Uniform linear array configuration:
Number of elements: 32
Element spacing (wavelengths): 0.75
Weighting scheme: cosine
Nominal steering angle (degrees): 15
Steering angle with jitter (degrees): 15.801
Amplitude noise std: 0.05
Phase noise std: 0.05

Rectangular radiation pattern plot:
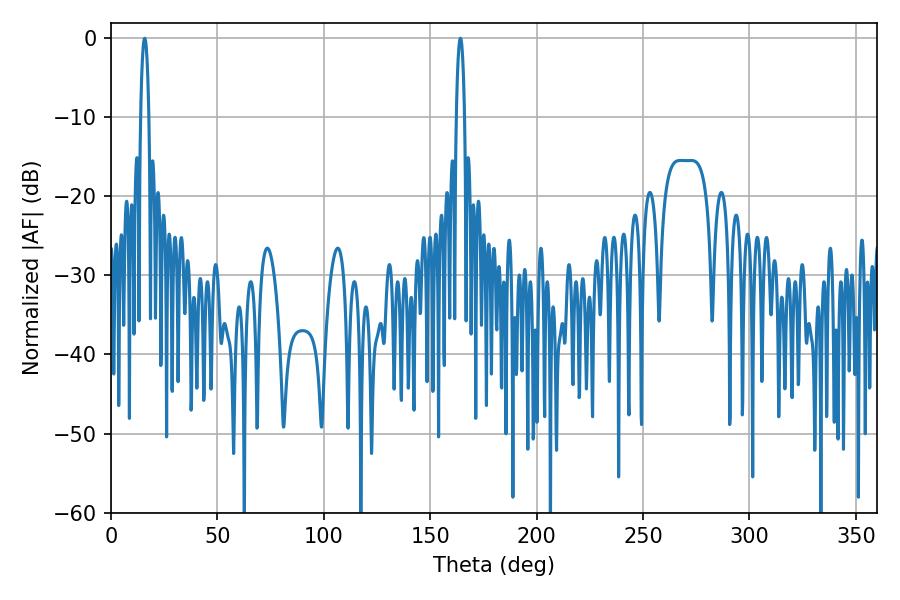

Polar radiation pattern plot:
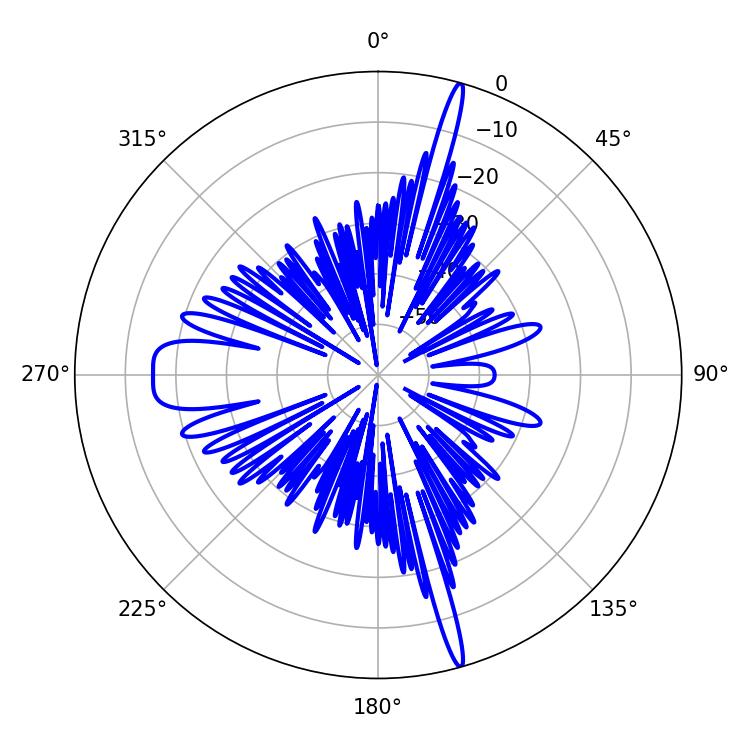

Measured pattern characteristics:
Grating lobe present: TRUE
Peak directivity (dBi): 21.862
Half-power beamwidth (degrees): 2.16
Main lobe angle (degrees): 15.84